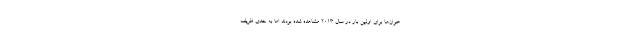
خوان‌ها برای اولین بار در سال ۲۰۱۳ مشاهده شده بودند اما به حدی ظریف